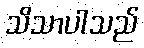
သိသာပါသည်